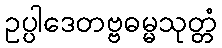
ဥပ္ပါဒေတဗ္ဗဓမ္မသုတ္တံ